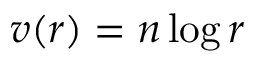
v ( r ) = n \log r